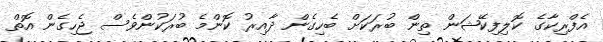
އެފްރިކާގެ ކޮލިފިކޭޝަން ތިން ބުރަކަށް ބެހިގެން ދާއިރު ކޮންމެ ބުރަކުންވެސް ޖެހިގެން އޮތް